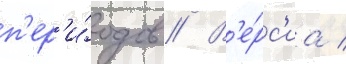
п'ер'и́одов // В'е́рс'иа /